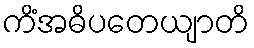
ကိံအဓိပတေယျာတိ